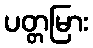
ပတ္တမြား